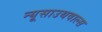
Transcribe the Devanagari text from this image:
न्यूसाउथवाल्स